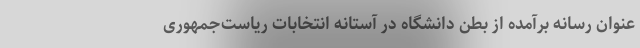
عنوان رسانه برآمده از بطن دانشگاه در آستانه انتخابات ریاست‌جمهوری